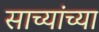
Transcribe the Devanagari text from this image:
साच्यांच्या